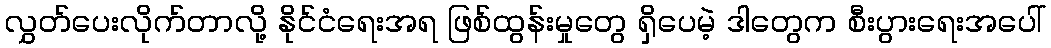
လွှတ်ပေးလိုက်တာလို့ နိုင်ငံရေးအရ ဖြစ်ထွန်းမှုတွေ ရှိပေမဲ့ ဒါတွေက စီးပွားရေးအပေါ်